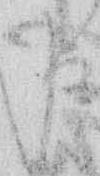
申